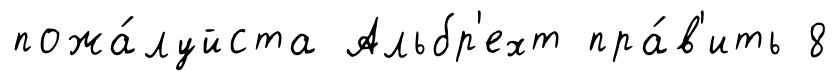
пожа́луйста Альбр'ехт пра́в'ить 8